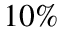
1 0 \%